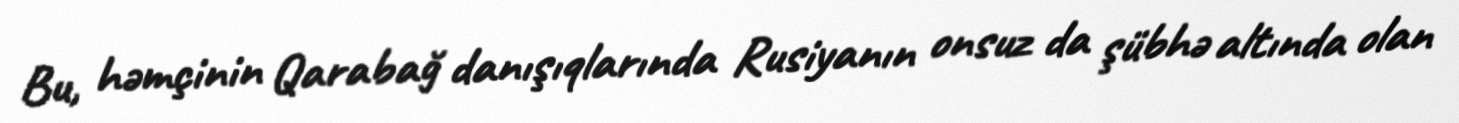
Bu, həmçinin Qarabağ danışıqlarında Rusiyanın onsuz da şübhə altında olan